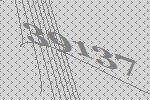
39137